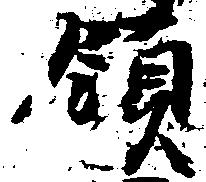
領